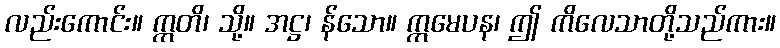
လည်းကောင်း။ ဣတိ၊ သို့။ အဋ္ဌ၊ န်သော။ ဣမေပန၊ ဤ ကိလေသာတို့သည်ကား။